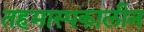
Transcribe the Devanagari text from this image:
तहमास्पकालीन